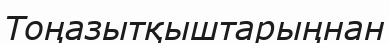
Тоңазытқыштарыңнан